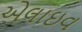
એલાઇવ